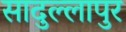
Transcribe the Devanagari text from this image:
सादुल्लापुर